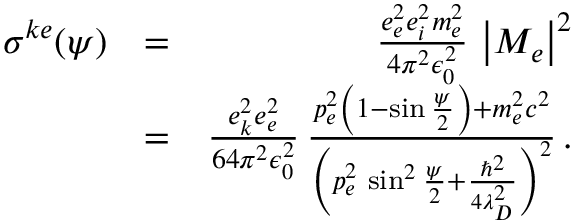
\begin{array} { r l r } { \sigma ^ { k e } ( \psi ) } & { = } & { \frac { e _ { e } ^ { 2 } e _ { i } ^ { 2 } m _ { e } ^ { 2 } } { 4 \pi ^ { 2 } \epsilon _ { 0 } ^ { 2 } } \, \left| M _ { e } \right| ^ { 2 } } \\ & { = } & { \frac { e _ { k } ^ { 2 } e _ { e } ^ { 2 } } { 6 4 \pi ^ { 2 } \epsilon _ { 0 } ^ { 2 } } \, \frac { p _ { e } ^ { 2 } \left( 1 - \sin \frac { \psi } { 2 } \right) + m _ { e } ^ { 2 } c ^ { 2 } } { \left( p _ { e } ^ { 2 } \, \sin ^ { 2 } \frac { \psi } { 2 } + \frac { \hbar ^ { 2 } } { 4 \lambda _ { D } ^ { 2 } } \right) ^ { 2 } } \, . } \end{array}